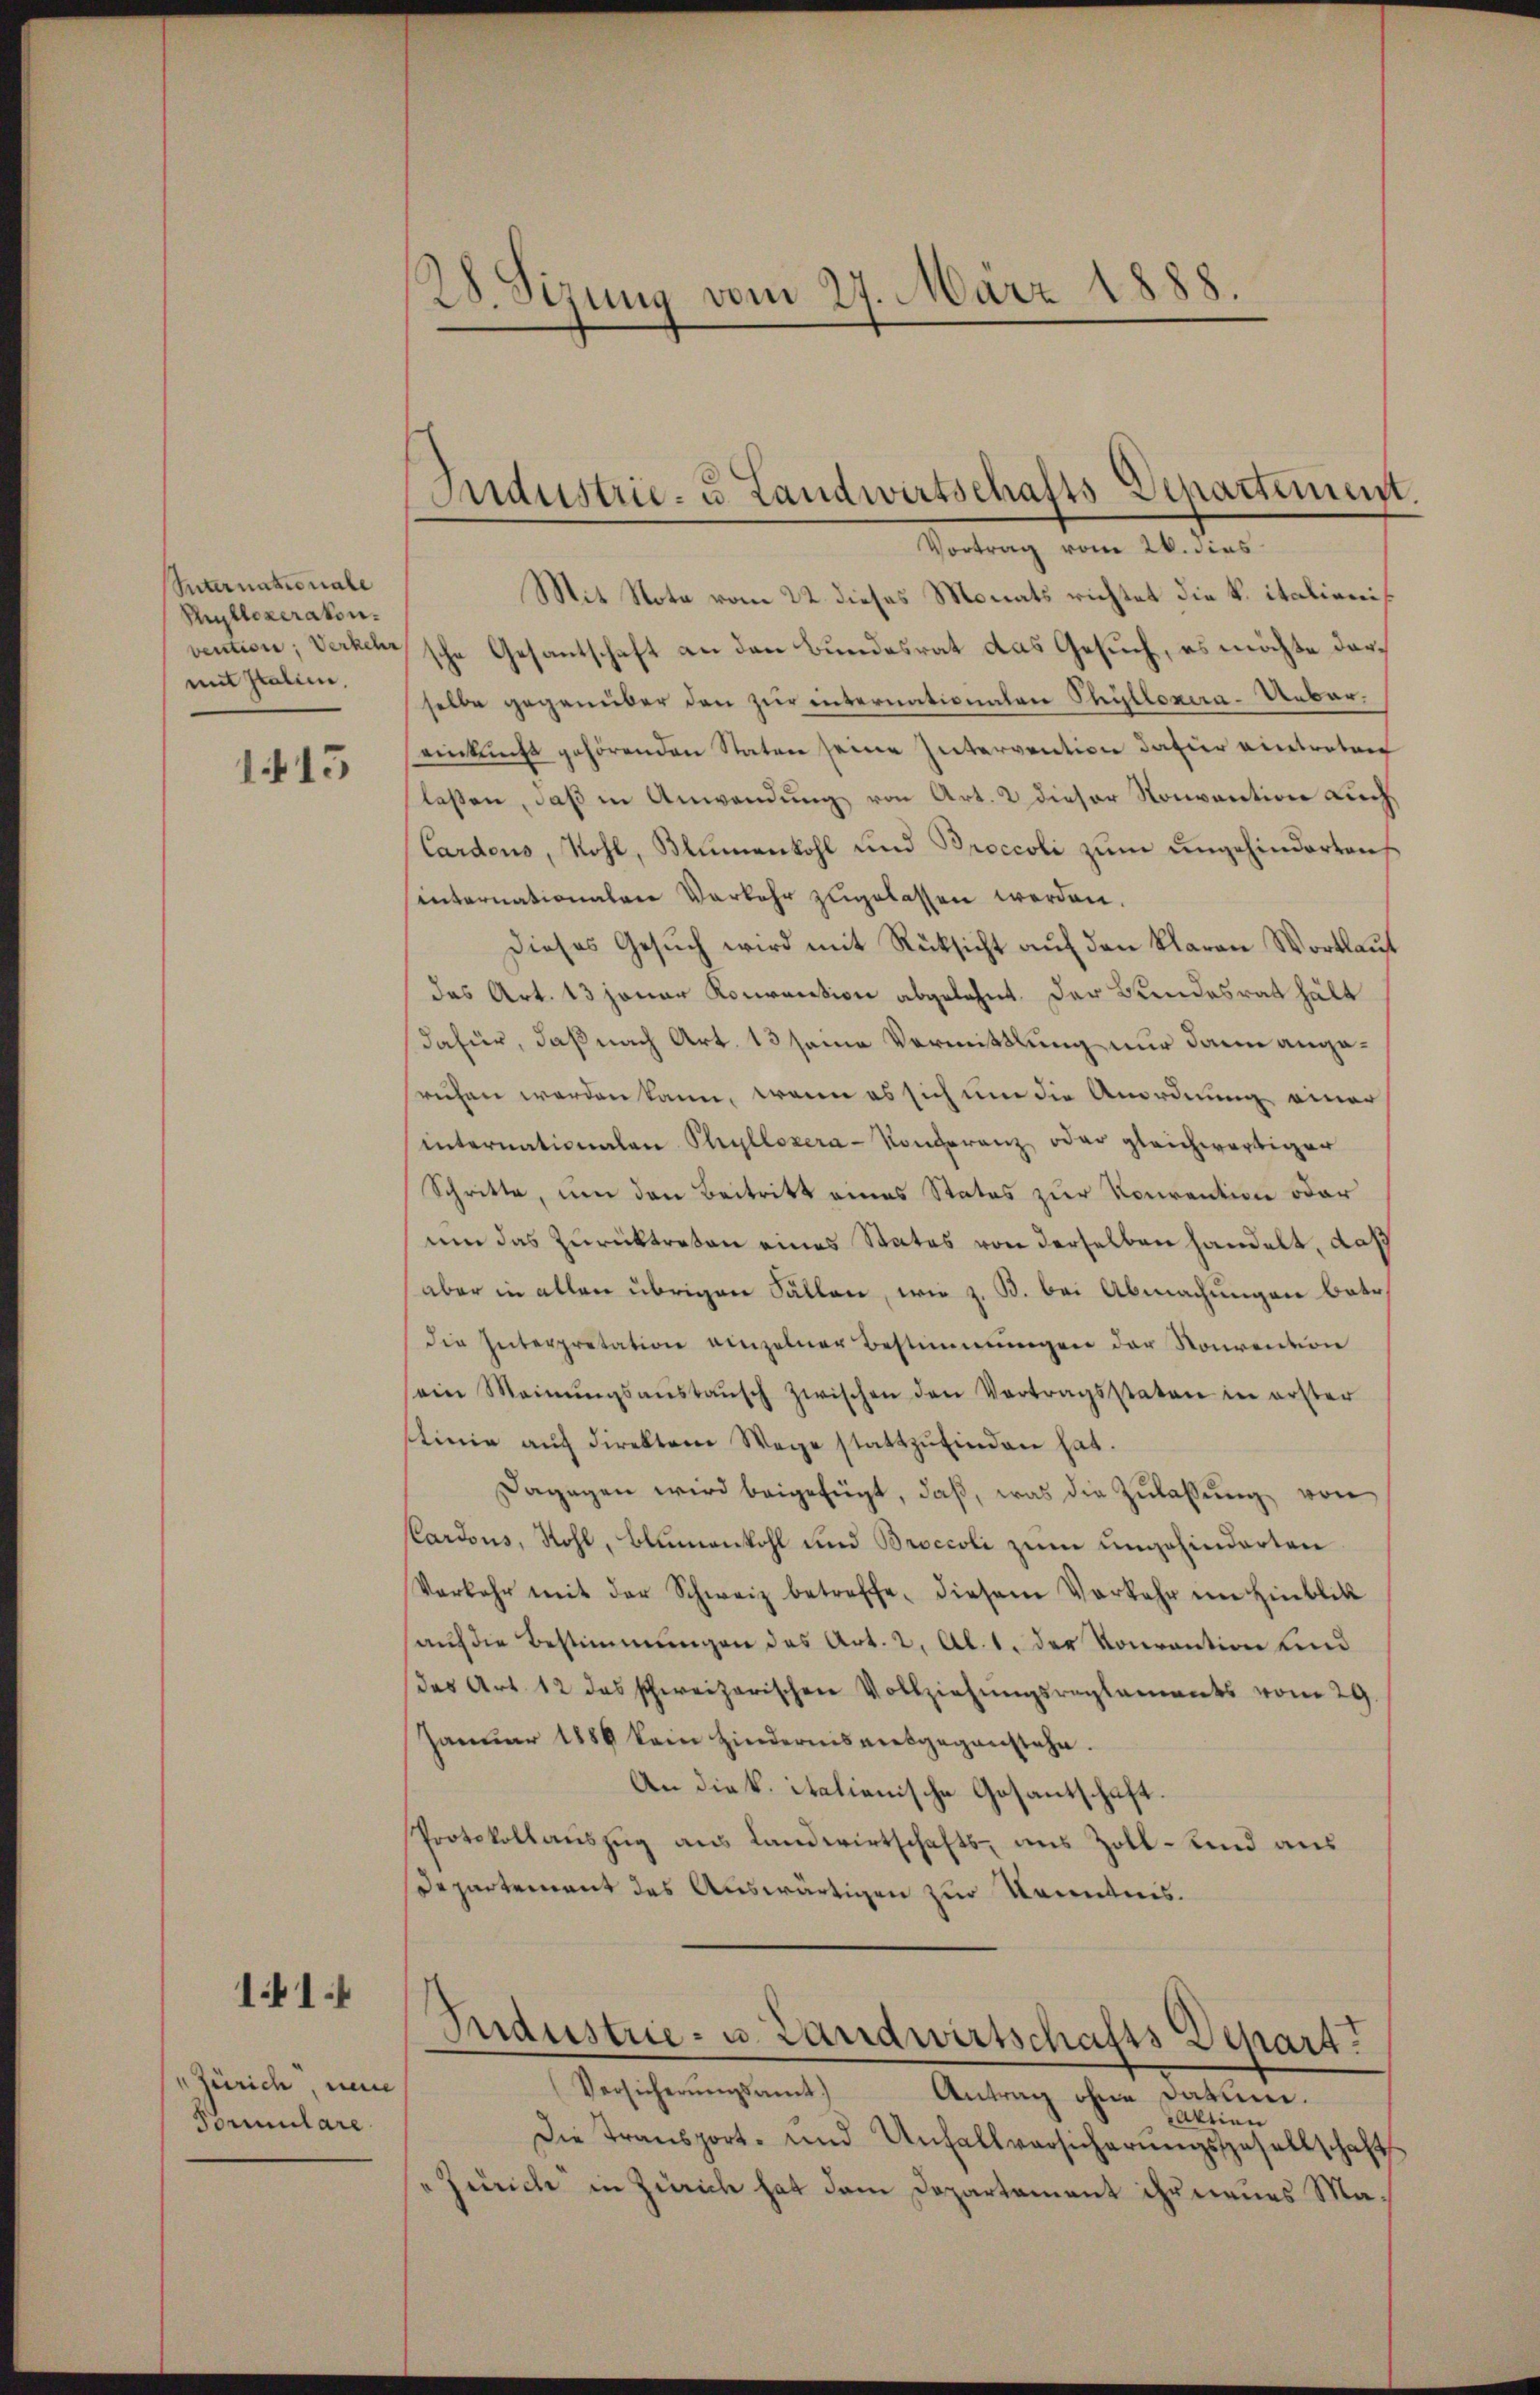
Suternatoriale
Phyllezeraten.
vention, Verkehr
mit Italien,

1.415

141.

1 Zürich, neue
Formulare

2. Sizung vom 29. März 1888.

Mit Note vom 22. dieses Monats richtet die k. italienis
sche Gesantschaft an den Bundesrat das Gesuch, es möchte darselbe gegenüber den zur internationalen Phÿllonera-Unbareinkunft gehörenden Staten seine Intervention dafür eintreten
lassen, daβ in Anwendŭng von Art. 2 dieser Konvention Lich
Cardens, Rohl, Blŭmenkohl und Broccoli zŭm ŭngehinderten
internationalere Verkehr zugelassen werden.
Dieses Gesuch wird mit Rücksicht auf den klaren Wortlaut
das Art. 13 jener Konvention abgelehnt. Der Bundesrat hält
dafür, daß nach Art. 13 seine Vermittlung nur dann angerechen werden kann, wenn es sich um die Anordnung einer
internationalen Phyllozera-Konferanz oder gleichwärtiger
Schritte, um den Beitritt eines Statos zur Konvention oder
um das zurücktreten eines Status von derselben handelt, daß
aber in allen übrigen Fällen, wie z. B. bei Abmachungen betr.
die Interpretation einzelner Bestimmungen der Souvention
sein Meinŭngsanstaŭsch zwischen den Vertragsstaten in erster
tinie auf direktore Wege stattzŭfinden hat.
Dagegen wird beigefügt, daß, was die Zulassung von
Cardons, Rohl, Blumenkohl und Broccoli zum ungehinderten
Verkehr mit der Schweiz betreffe, diesem Vorkehr im Hinblik
auf die Bestimmungen das Art. 2, Al. 1. der Vorrantion und
(des Art. 12 das schweizerischen Vollziehungsreglements vom 29
Januar 1889 kein Hindernis vielgegenstehe.
An die k. italienische Gesantschaft.
Protokollauszug aus Landwirtschafts- und Zoll- und aus
Departement des Auswärtigen zur Kenntnis.
Industrie - u. Landwirtschafts Depart
Versicherŭngsamt
Antrag ohne Datum.
Aktien
Die Transport- und Unfallversicherŭngsgesellschaft
a Zürich in Zürich hat dem Departement ihr neues Ma¬

Andustrie- u. Landwirtschafts-Departement
Vortrag vom 26. dies